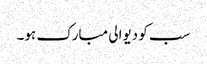
سب کو دیوالی مبارک ہو۔